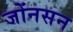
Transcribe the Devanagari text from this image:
जोंनसन